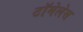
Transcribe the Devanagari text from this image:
टॉमेलेस